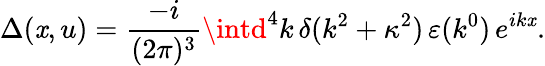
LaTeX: \Delta(\mathit{x},u)=\frac{{-i}}{{(2\pi)^{3}}}\intd^{4}k\, \delta(k^{2}+\kappa^{2})\, \varepsilon(k^{0})\, e^{ik\mathit{x}}.